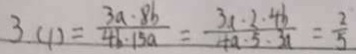
3 . ( 1 ) = \frac { 3 a \cdot 8 b } { 4 b \cdot 1 5 a } = \frac { 3 a \cdot 2 \cdot 4 b } { 4 a \cdot 5 \cdot 3 a } = \frac { 2 } { 5 }